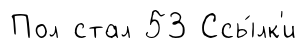
Пол стал 53 Ссы́лк'и